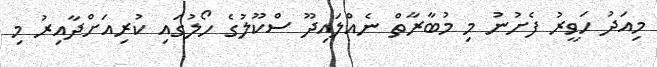
މިއަދު ހަވީރު ފެށުނު މި މުބާރާތް ނެއްލައިދޫ ސްކޫލުގެ ހޯލުގައި ކުރިއަށްދާއިރު މި